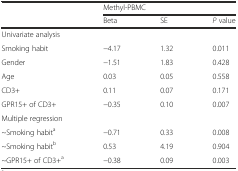
| <ROWSPAN=2>  | <COLSPAN=3> Methyl-PBMC |
 | Beta | SE | P value |
 | --- | --- | --- | --- |
 | <COLSPAN=4> Univariate analysis |
 | Smoking habit | −4.17 | 1.32 | 0.011 |
 | Gender | −1.51 | 1.83 | 0.428 |
 | Age | 0.03 | 0.05 | 0.558 |
 | CD3+ | 0.11 | 0.07 | 0.171 |
 | GPR15+ of CD3+ | −0.35 | 0.10 | 0.007 |
 | <COLSPAN=4> Multiple regression |
 | ~Smoking habita | −0.71 | 0.33 | 0.008 |
 | ~Smoking habitb | 0.53 | 4.19 | 0.904 |
 | ~GPR15+ of CD3+a | −0.38 | 0.09 | 0.003 |